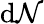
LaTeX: \mathrm{d}{\mathcal{N}}